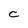
Character: C